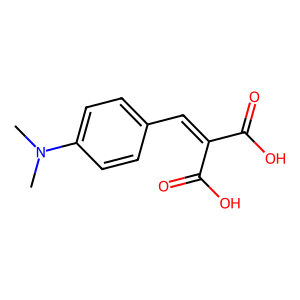
SMILES: CN(C)c1ccc(C=C(C(=O)O)C(=O)O)cc1
Inhibits HIV replication: No